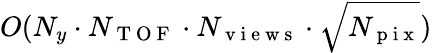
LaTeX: O(N_{y}\cdot N_{\mathrm{~T~O~F~}}\cdot N_{\mathrm{~v~i~e~w~s~}}\cdot\sqrt{N_{\mathrm{~p~i~x~}}})